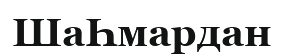
ШаҺмардан